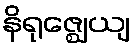
နိရုဇ္ဈေယျ